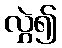
လွှဲ၍